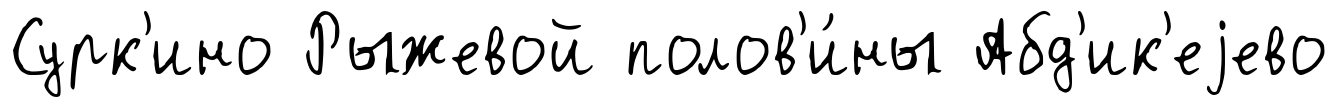
Сурк'ино Рыжевой полов'и́ны Абд'ик'еjево